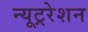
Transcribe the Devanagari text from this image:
न्यूट्ररेशन